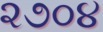
૨૭૦૪